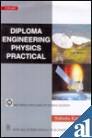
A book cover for Diploma Engineering Physics Practical; WBSCTE; Science & Math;